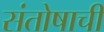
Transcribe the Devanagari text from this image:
संतोषाची